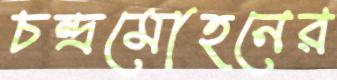
চন্দ্রমোহনের